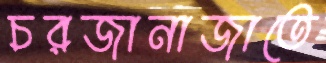
চরজানাজাতে